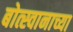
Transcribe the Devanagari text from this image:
बोत्स्वानाच्या